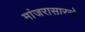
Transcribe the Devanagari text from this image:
मांजरासारखे